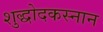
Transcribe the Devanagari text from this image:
शुद्धोदकस्नान